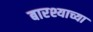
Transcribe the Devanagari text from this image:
बारश्याच्या